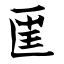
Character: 匩